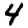
Digit: 4